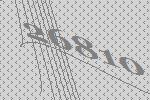
26810